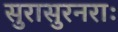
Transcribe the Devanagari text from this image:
सुरासुरनराः